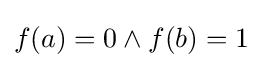
f(a)=0\land f(b)=1